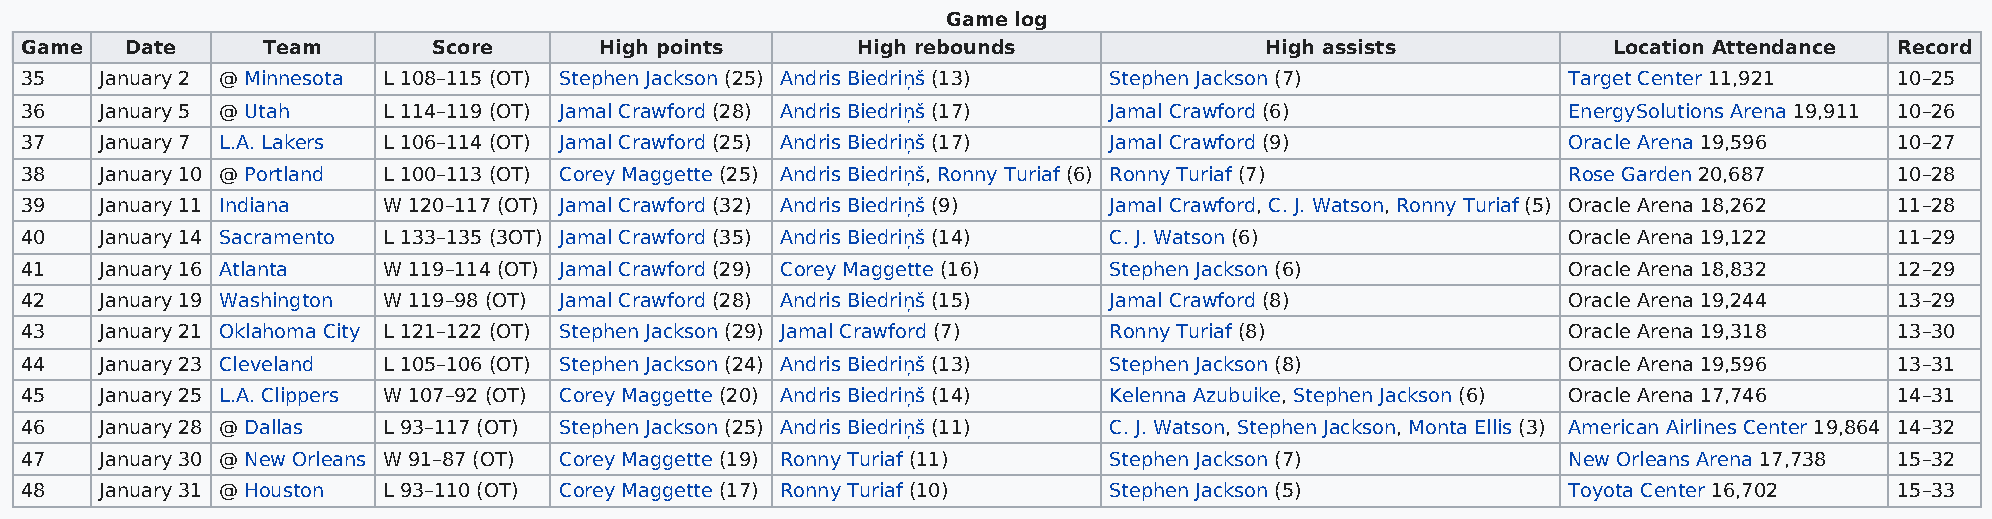
Game log
 Game   Date     Team        Score      High points      High rebounds              High assists           Location Attendance Record
 35    January 2 @ Minnesota L 108–115 (OT) Stephen Jackson (25) Andris Biedriņš (13) Stephen Jackson (7) Target Center 11,921 10–25
 36    January 5 @ Utah  L 114–119 (OT) Jamal Crawford (28) Andris Biedriņš (17) Jamal Crawford (6)     EnergySolutions Arena 19,911 10–26
 37    January 7 L.A. Lakers L 106–114 (OT) Jamal Crawford (25) Andris Biedriņš (17) Jamal Crawford (9) Oracle Arena 19,596   10–27
 38    January 10 @ Portland L 100–113 (OT) Corey Maggette (25) Andris Biedriņš, Ronny Turiaf (6) Ronny Turiaf (7) Rose Garden 20,687 10–28
 39    January 11 Indiana W 120–117 (OT) Jamal Crawford (32) Andris Biedriņš (9) Jamal Crawford, C. J. Watson, Ronny Turiaf (5) Oracle Arena 18,262 11–28
 40    January 14 Sacramento L 133–135 (3OT) Jamal Crawford (35) Andris Biedriņš (14) C. J. Watson (6)  Oracle Arena 19,122   11–29
 41    January 16 Atlanta W 119–114 (OT) Jamal Crawford (29) Corey Maggette (16) Stephen Jackson (6)    Oracle Arena 18,832   12–29
 42    January 19 Washington W 119–98 (OT) Jamal Crawford (28) Andris Biedriņš (15) Jamal Crawford (8)  Oracle Arena 19,244   13–29
 43    January 21 Oklahoma City L 121–122 (OT) Stephen Jackson (29) Jamal Crawford (7) Ronny Turiaf (8) Oracle Arena 19,318   13–30
 44    January 23 Cleveland L 105–106 (OT) Stephen Jackson (24) Andris Biedriņš (13) Stephen Jackson (8) Oracle Arena 19,596  13–31
 45    January 25 L.A. Clippers W 107–92 (OT) Corey Maggette (20) Andris Biedriņš (14) Kelenna Azubuike, Stephen Jackson (6) Oracle Arena 17,746 14–31
 46    January 28 @ Dallas L 93–117 (OT) Stephen Jackson (25) Andris Biedriņš (11) C. J. Watson, Stephen Jackson, Monta Ellis (3) American Airlines Center 19,864 14–32
 47    January 30 @ New Orleans W 91–87 (OT) Corey Maggette (19) Ronny Turiaf (11) Stephen Jackson (7)  New Orleans Arena 17,738 15–32
 48    January 31 @ Houston L 93–110 (OT) Corey Maggette (17) Ronny Turiaf (10) Stephen Jackson (5)     Toyota Center 16,702  15–33